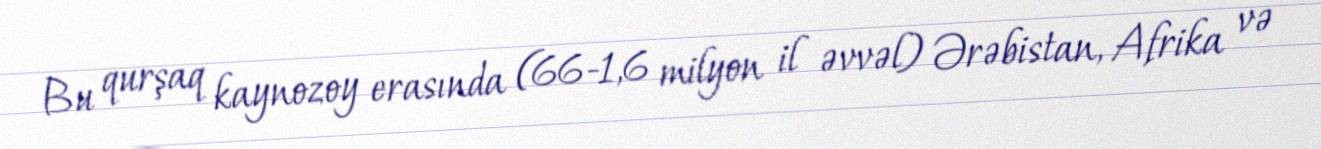
Bu qurşaq kaynozoy erasında (66-1,6 milyon il əvvəl) Ərəbistan, Afrika və